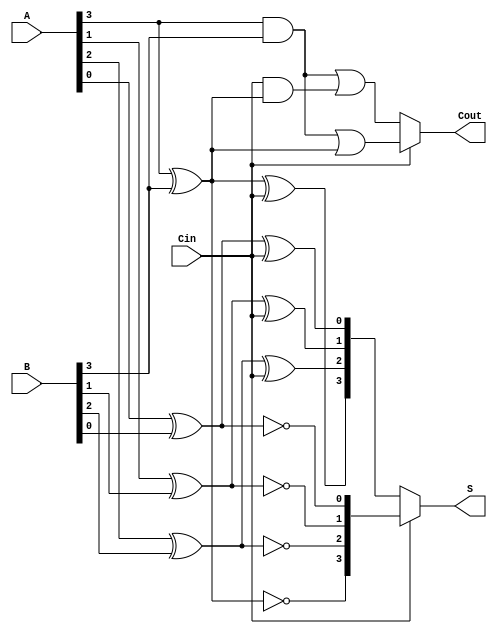
module conditional_sum_adder #(
    parameter N = 4 // Number of bits (can be adjusted)
)(
    input  [N-1:0] A,      // First n-bit input
    input  [N-1:0] B,      // Second n-bit input
    input         Cin,      // Carry-in
    output [N-1:0] S,      // Sum output
    output        Cout      // Carry-out
);

    // Internal signals for partial sums and carries
    wire [N-1:0] S0, S1; // Sums for Cin = 0 and Cin = 1
    wire [N-1:0] C0, C1; // Carries for Cin = 0 and Cin = 1

    // Generate partial sums and carries for each bit
    genvar i;
    generate
        for (i = 0; i < N; i = i + 1) begin : CSA
            // Calculate partial sums
            assign S0[i] = A[i] ^ B[i] ^ Cin; // Sum if Cin = 0
            assign S1[i] = A[i] ^ B[i] ^ 1'b1; // Sum if Cin = 1
            
            // Calculate partial carries
            assign C0[i] = (A[i] & B[i]) | (Cin & (A[i] ^ B[i])); // Carry if Cin = 0
            assign C1[i] = (A[i] & B[i]) | (1'b1 & (A[i] ^ B[i])); // Carry if Cin = 1
        end
    endgenerate

    // Final sum and carry output selection
    assign S = Cin ? S1 : S0; // Select sum based on Cin
    assign Cout = Cin ? C1[N-1] : C0[N-1]; // Select carry-out based on Cin

endmodule